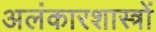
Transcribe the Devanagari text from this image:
अलंकारशास्त्रों